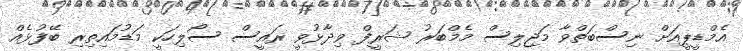
އެމްޑީޕީއަށް ނިސްބަތްވާ މަޖިލިސް މެމްބަރު ޝަރީފް ވިދާޅުވީ ރައީސް ސޯލިހަކީ މަޑުމައިތިރި ބޭފުޅެއް